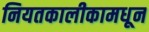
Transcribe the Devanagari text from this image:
नियतकालीकामधून